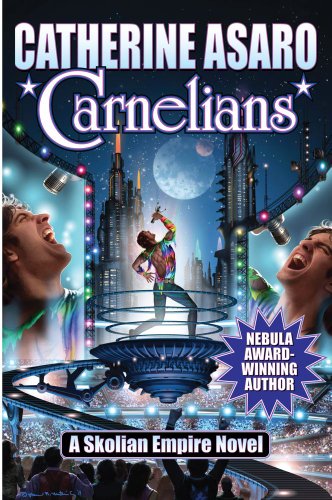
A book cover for Carnelians (The Saga of the Skolian Empire); Catherine Asaro; Science Fiction & Fantasy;